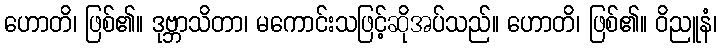
ဟောတိ၊ ဖြစ်၏။ ဒုဗ္ဘာသိတာ၊ မကောင်းသဖြင့်ဆိုအပ်သည်။ ဟောတိ၊ ဖြစ်၏။ ဝိညူနံ၊